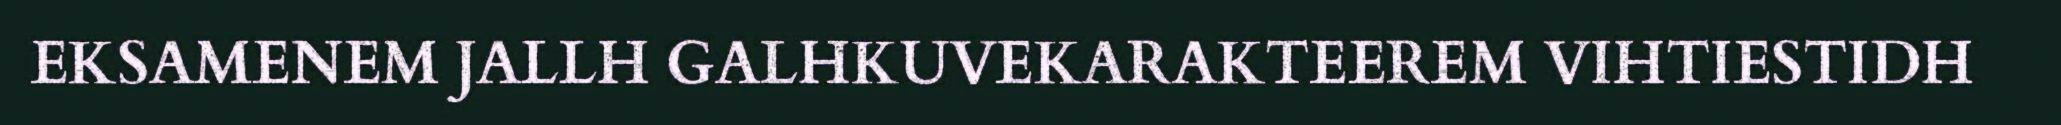
EKSAMENEM JALLH GALHKUVEKARAKTEEREM VIHTIESTIDH